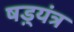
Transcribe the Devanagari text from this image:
षड़्यंत्र